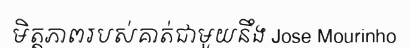
មិត្តភាពរបស់គាត់ជាមួយនឹង Jose Mourinho